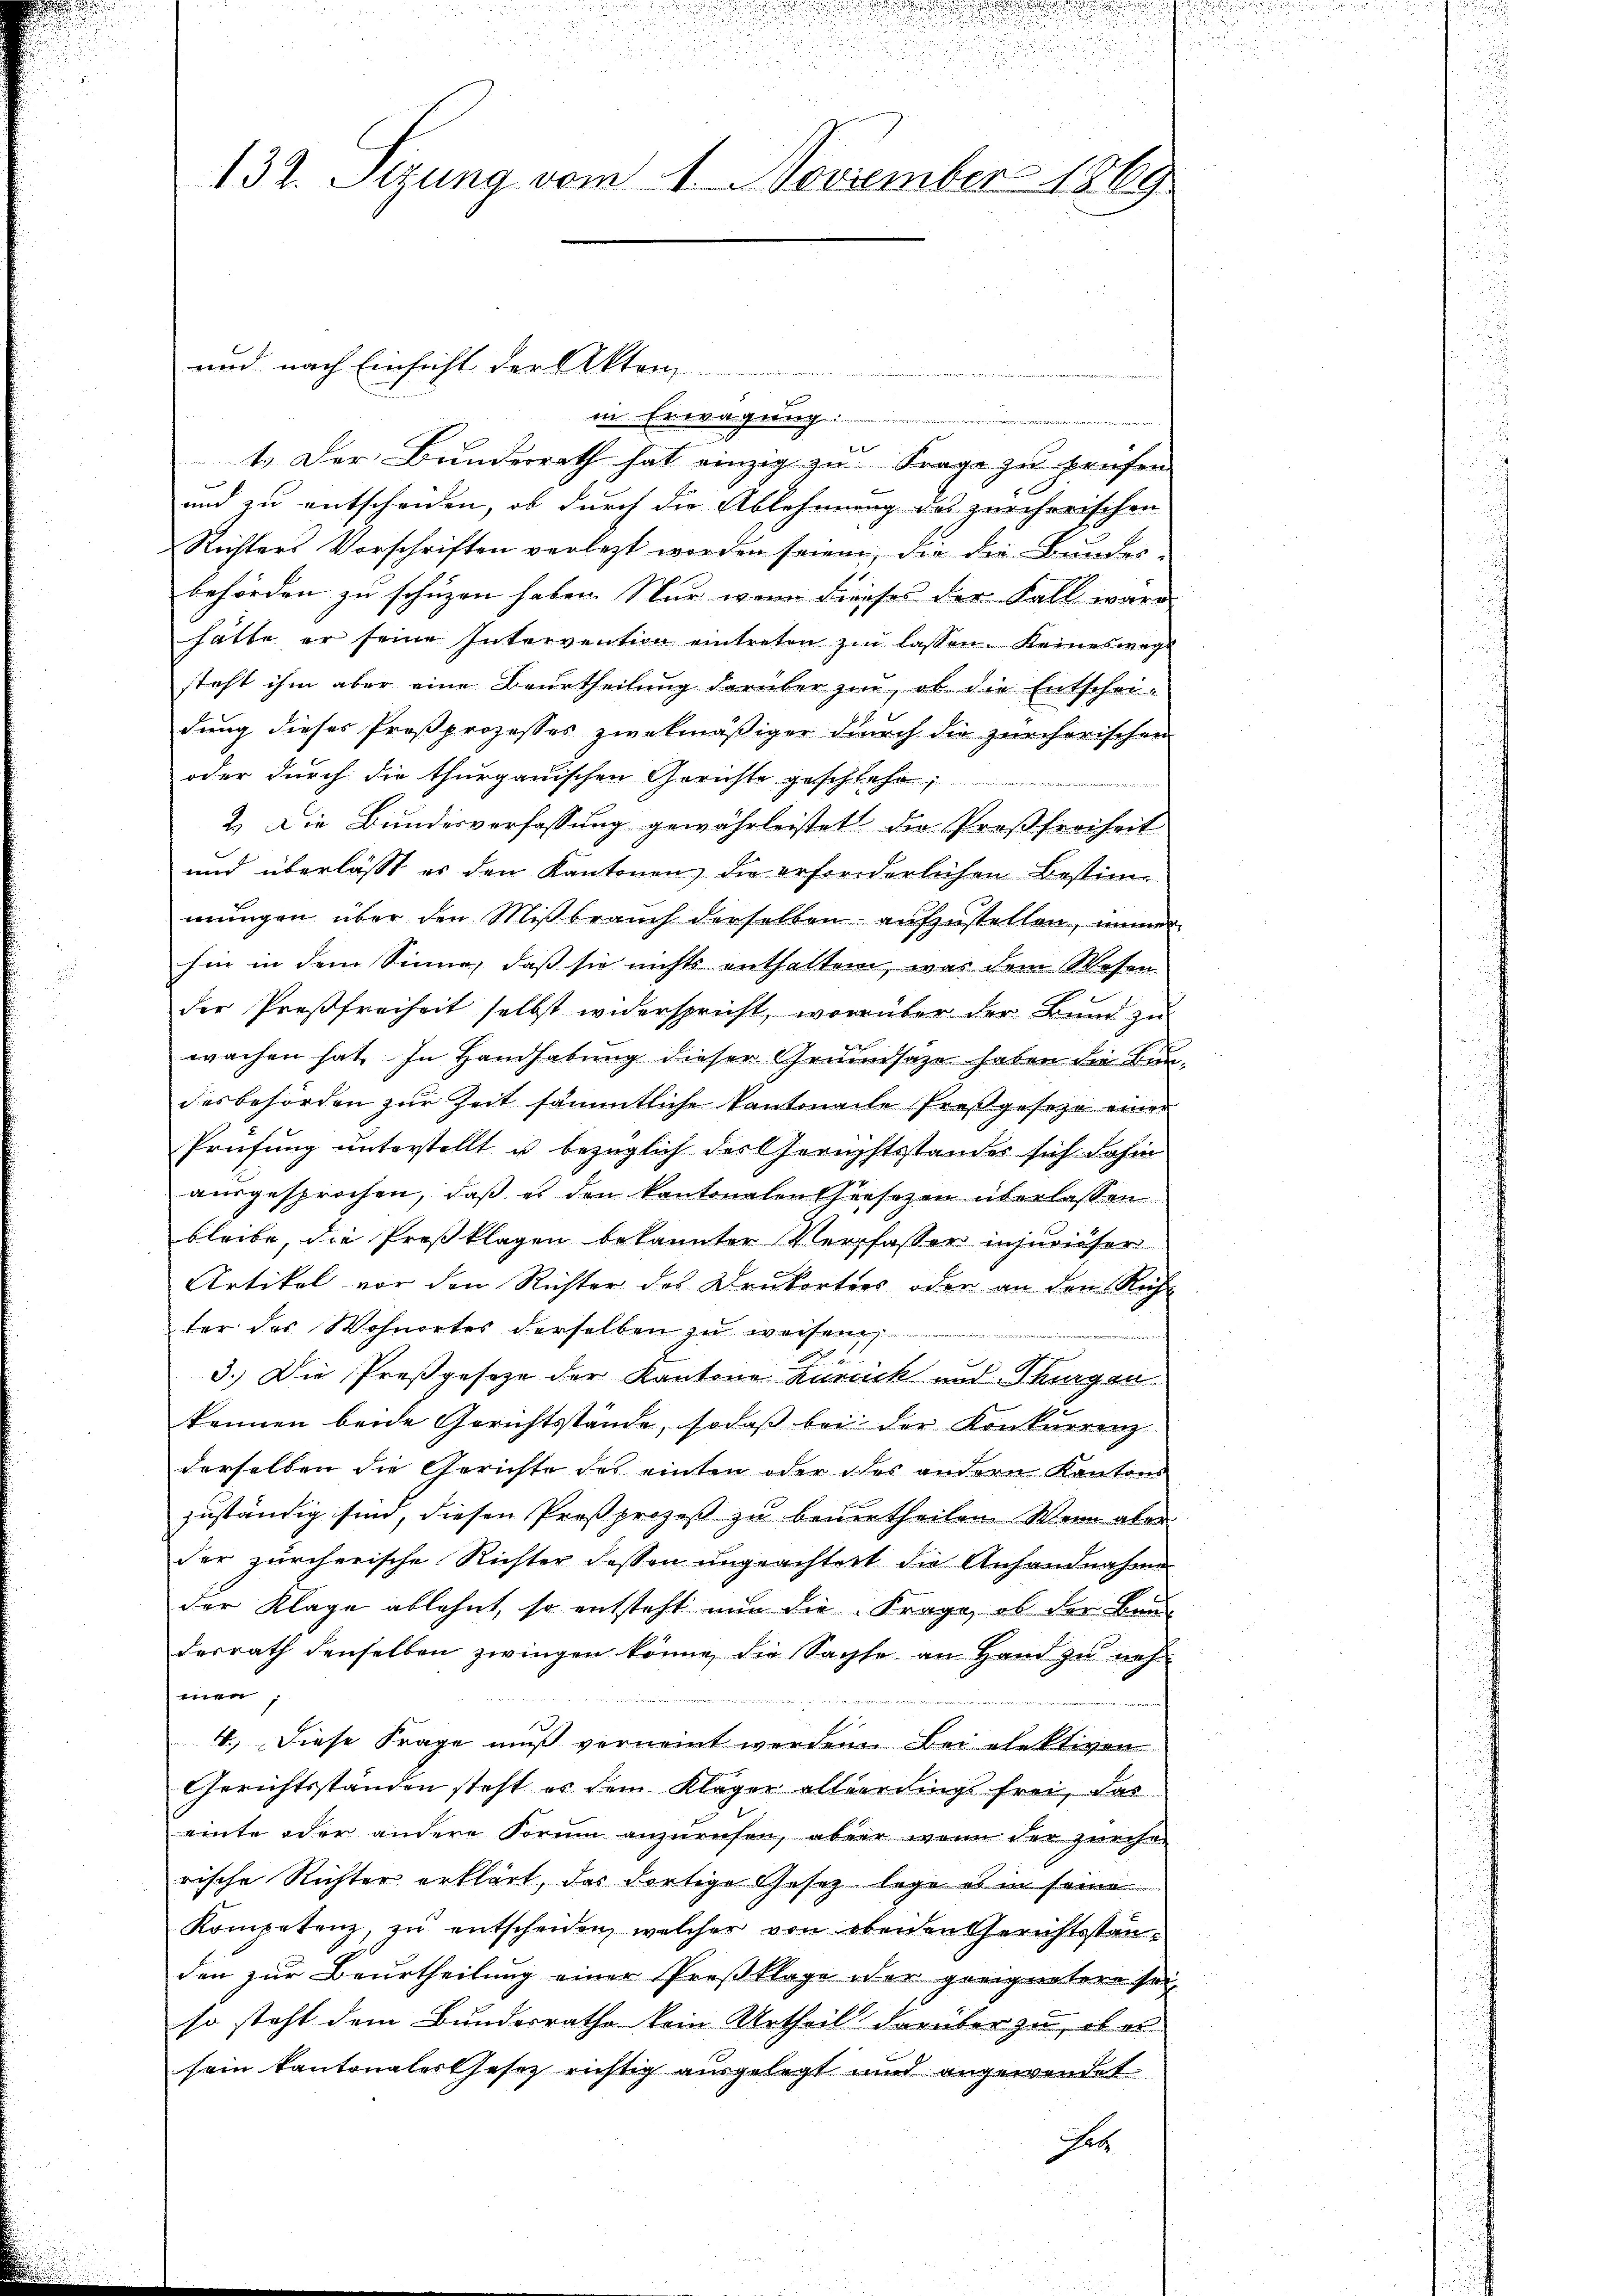
132. Sizung vom 1. November 1869

und nach Einsicht der Akten.
in Erwägung

e
1. Der Bunderrath hat einzig zu Frage zu prüfen
und zu entscheiden, ob durch die Ablehnung des zürcherischen
Richters Vorschriften verletzt worden seien, die die Bundes-
behörden zu schuzen haben. Nur wenn dieses der Fall ware
hätte er seine Intervention eintreten zu lassen. Keineswege
steht ihm aber eine Beurtheilung darüber zu, ob die Entschei-
dung dieses Proßprozesses zwekmäßiger durch die zürcherischen
oder durch die thurgauischen Gerichte geschleche
2.) Die Bundesverfassung gewährleistet die Proßfreiheit
und überlasst es den Kantonen, die erforderlichen Bestimmungen über den Mißbrauch derselben aufzustellen, immer
hin in dem Sinne, daß sie nichts enthalten, was dem Wesen
der Preßfreiheit selbst widerspricht, worüber der Bund zu
wachen hat. In Handhabung dieser Grundsaze haben die undesbehörden zur Zeit sämmtliche Kantonale Preßgeseze einer
Prüfung unterstellt u bezüglich der Gerichtsstandes sich dahin
ausgesprochen, daß es den kantonalen Creszen überlassen
bleibe, die Preßklagen bekannter Verpfasser injurieser
Artikel vor den Richter des Drukorties oder an den Rech-
ter des Wohnortes derselben zu weisen
e
2
3.) Die Preßgesetze der Kantone kuriick und Thurgan
können beide Gerichtsstände, sodaß bei der Konkurrenz
derselben die Gerichte des einten oder des andern Kantons
zuständig sind, diesen Proßprozeß zu beuertheilen. Wenn aber
der zürcherische Richter dessen ungeachtert die Anhandnahme
der Klage ablehnt, so entsteht nun die Frage, ob der Bau-
desrath denselben zwingen könne, die Sachse an Hand zu nehm
men
F
4.) Diese Frage muß vernennt werden. Bei elektiven
Gerichtsständen steht es dem Kläger allerdings frei, das
einte oder andere Forum anzuruhen, aber wenn der zürche
rische Richter erklärt, das dortige Gesez lege es in seine
Kompetenz, zu entscheiden, welcher von obenen Gerichtsstanden zur Beurtheilung einer Preßklage oder geeigneten sei
so steht dem Bundesrathe kein Urtheil darüber zu, ob es
sein kantonalerthesez richtig ausgelegt und angewendet
et